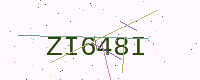
Text: ZI648I